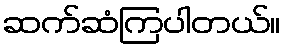
ဆက်ဆံကြပါတယ်။